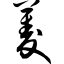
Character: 菱